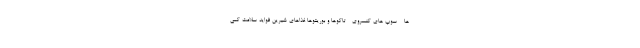
ها - سوپ های کنسروی - تاکوها و بوریتوها غذاهای شیرین فواید سلامت کمی